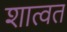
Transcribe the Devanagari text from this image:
शात्वत